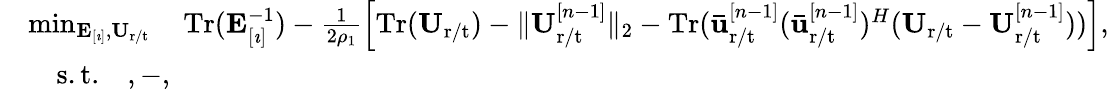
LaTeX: \begin{array}{rl}&{\operatorname*{min}_{\mathbf{E}_{[\imath]},\mathbf{U}_{\mathrm{r}/\mathrm{t}}}\quad\mathrm{Tr}(\mathbf{E}_{[\imath]}^{-1})-\frac{1}{2\rho_{1}}\left[\mathrm{Tr}(\mathbf{U}_{\mathrm{r}/\mathrm{t}})-\| \mathbf{U}_{\mathrm{r}/\mathrm{t}}^{[n-1]}\| _{2}-\mathrm{Tr}(\mathbf{\bar{u}}_{\mathrm{r}/\mathrm{t}}^{[n-1]}(\mathbf{\bar{u}}_{\mathrm{r}/\mathrm{t}}^{[n-1]})^{H}(\mathbf{U}_{\mathrm{r}/\mathrm{t}}-\mathbf{U}_{\mathrm{r}/\mathrm{t}}^{[n-1]}))\right],}\\ &{\quad\mathrm{s.t.}\quad,-,}\end{array}